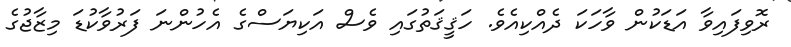
ރޮވިފައިވާ އަޑަކުން ވާހަކަ ދެއްކިއެވެ. ހަޤީޤަތުގައި ވެސް އަކިޔަސްގެ އެހުންނަ ފަރުވާކުޑަ މިޒާޖުގެ